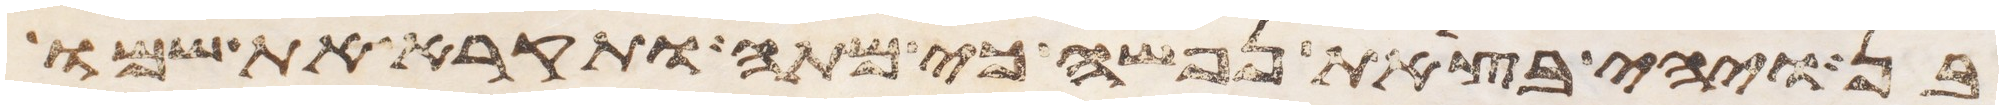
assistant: בן ויהי בצאת נפשה כי מתה ותקרא את שמו